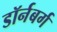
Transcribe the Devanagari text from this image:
डॉर्नबर्ग